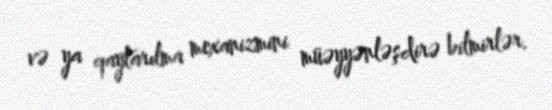
və ya qaytarılma mexanizmini müəyyənləşdirə bilmirlər.